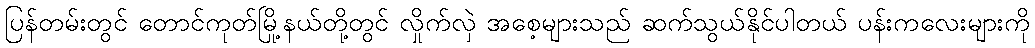
ပြန်တမ်းတွင် တောင်ကုတ်မြို့နယ်တို့တွင် လှိုက်လှဲ အစေ့များသည် ဆက်သွယ်နိုင်ပါတယ် ပန်းကလေးများကို